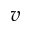
v